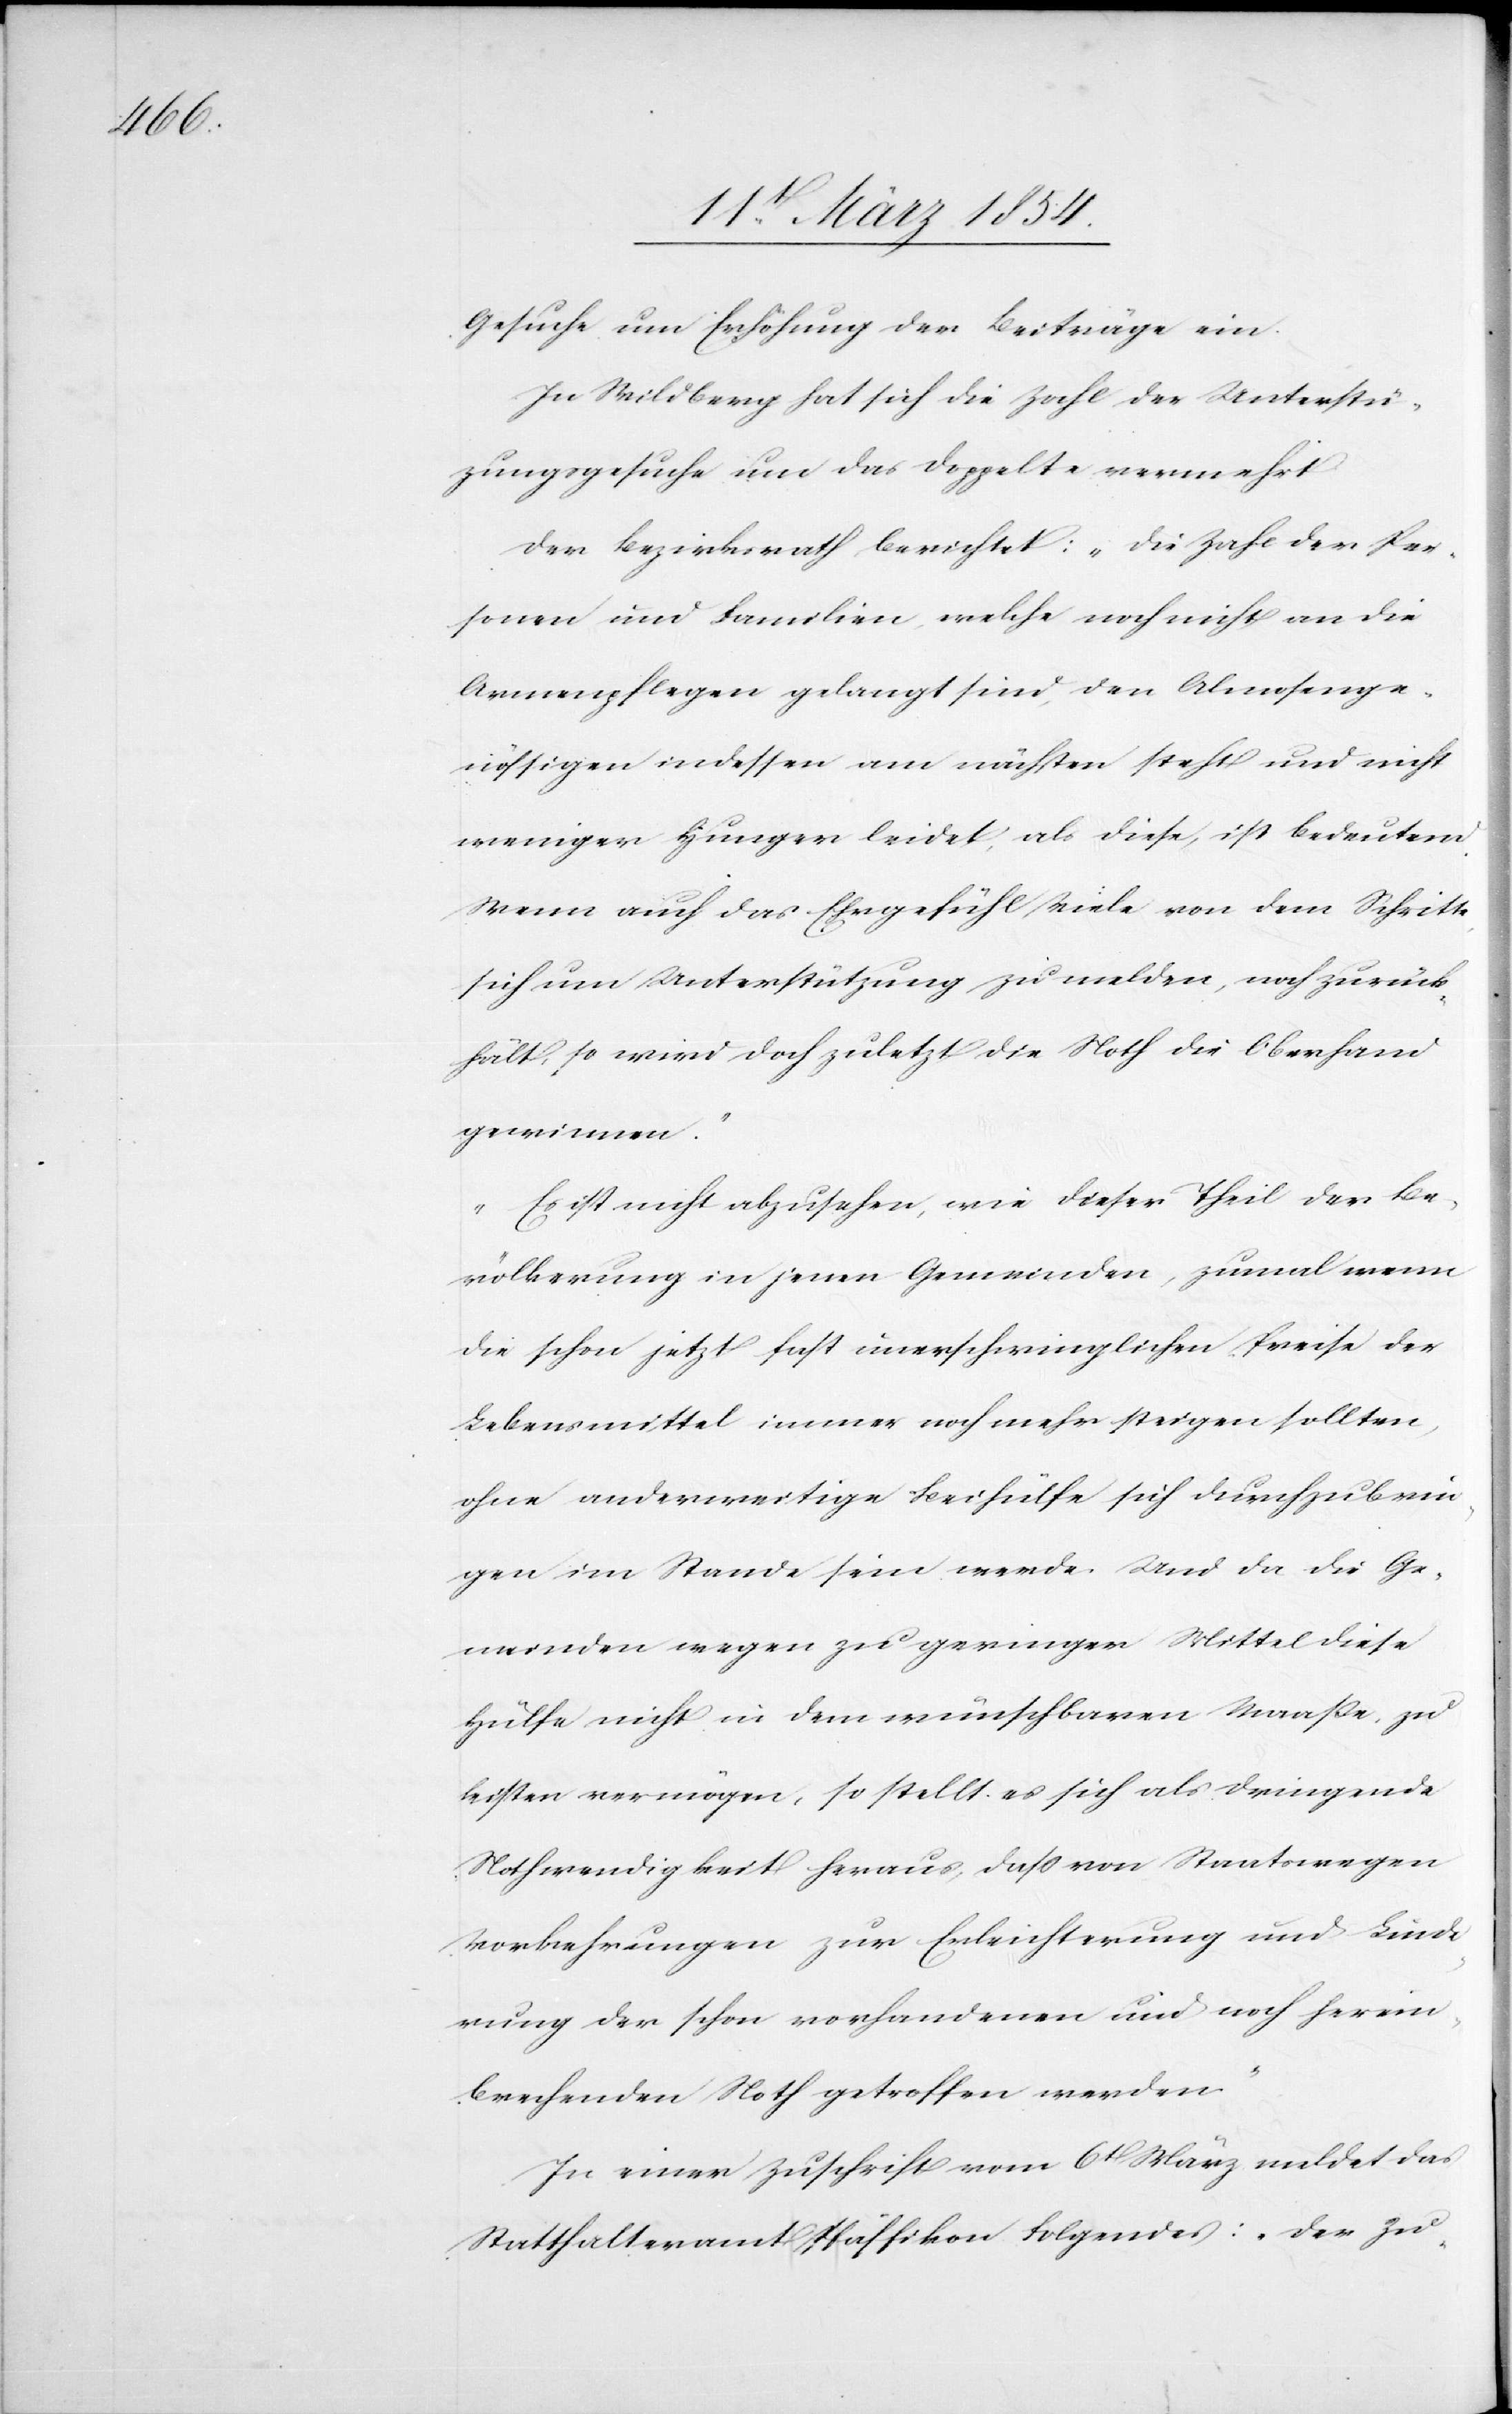
Gesuche um Erhöhung der Beiträge ein.
In Wildberg hat sich die Zahl der Unterstüt¬
zungsgesuche um das Doppelte vermehrt
Der Bezirksrath berichtet: „Die Zahl der Per¬
sonen und Familien, welche noch nicht an die
Armenpflege gelangt sind, den Almosenge¬
nössigen indessen am nächsten steht und nicht
weniger Hunger leidet, als diese, ist bedeutend.
Wenn auch das Ehrgefühl viele von dem Schritte,
sich um Unterstützung zu melden, noch zurück¬
hält, so wird doch zuletzt die Noth die Oberhand
gewinnen.“
„Es ist nicht abzusehen, wie dieser Theil der Be¬
völkerung in jenen Gemeinden, zumal wenn
die schon jetzt fast unerschwinglichen Preise der
Lebensmittel immer noch mehr steigen sollten,
ohne anderweitige Beihülfe sich durchzubrin¬
gen im Stande sein werde. Und da die Ge¬
meinden wegen zu geringer Mittel diese
Hülfe nicht in dem wünschbaren Maaße, zu
leisten vermögen, so stellt es sich als dringende
Nothwendigkeit heraus, daß von Staatswegen
Vorkehrungen zur Erleichterung und Linde¬
rung der schon vorhandenen und noch herein¬
brechenden Noth getroffen werden.“
In einer Zuschrift vom 6t März meldet das
Statthalteramt Pfäffikon Folgendes: „Der Zu-